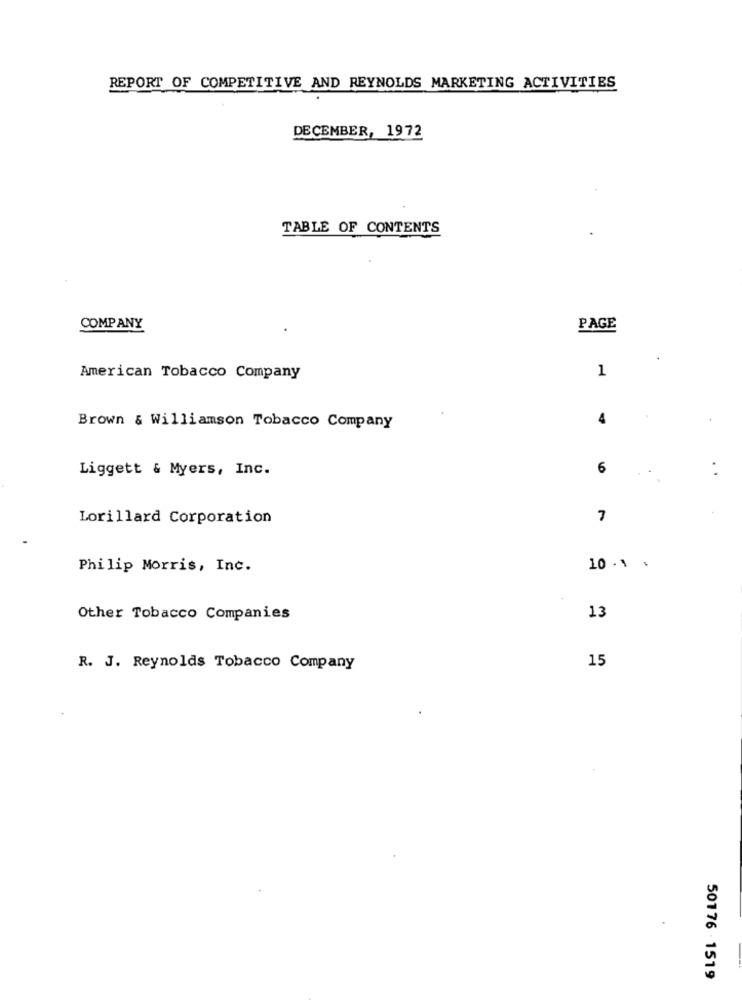
REPORT OF COMPETITIVE AND REYNOLDS MARKETING ACTIVITIES
DECEMBER, 1972
TABLE OF CONTENTS
COMPANY
PAGE
1
American Tobacco Company
4
Brown & Williamson Tobacco Company
Liggett & Myers, Inc.
6
Lorillard Corporation
7
Philip Morris, Inc.
10 . 1 .
Other Tobacco Companies
13
15
R. J. Reynolds Tobacco Company
50176 1519